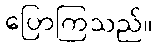
ပြောကြသည်။